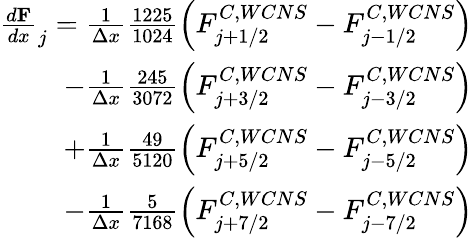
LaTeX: \begin{array}{r}{\frac{d\mathbf F}{dx}_{j}=\frac{1}{\Delta x}\frac{1225}{1024}\left(F_{j+1/2}^{C,WCNS}-F_{j-1/2}^{C,WCNS}\right)}\\ {-\frac{1}{\Delta x}\frac{245}{3072}\left(F_{j+3/2}^{C,WCNS}-F_{j-3/2}^{C,WCNS}\right)}\\ {+\frac{1}{\Delta x}\frac{49}{5120}\left(F_{j+5/2}^{C,WCNS}-F_{j-5/2}^{C,WCNS}\right)}\\ {-\frac{1}{\Delta x}\frac{5}{7168}\left(F_{j+7/2}^{C,WCNS}-F_{j-7/2}^{C,WCNS}\right)}\end{array}